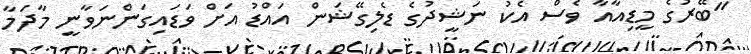
"ބޭރުގެ މީޑިއާއާ ވެސް އެކު ނަޝީދުގެ ޑެލިގޭޝަން އައްޑު އަށް ވަޑައިގަންނަވާނީ މާދަމާ